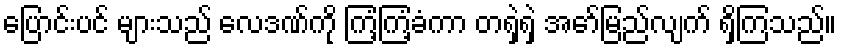
ပြောင်းပင် များသည် လေဒဏ်ကို ကြံ့ကြံ့ခံကာ တရှဲရှဲ အော်မြည်လျက် ရှိကြသည်။